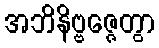
အဘိနိဗ္ဗဇ္ဇေတွာ